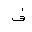
Letter: _fa